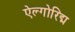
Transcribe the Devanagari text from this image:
ऐल्गोरिद्म